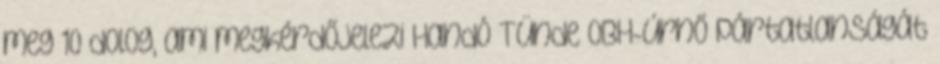
meg 10 dolog, ami megkérdőjelezi Handó Tünde OBH-úrnő pártatlanságát